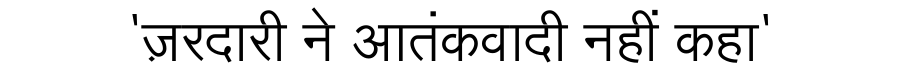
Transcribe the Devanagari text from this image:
'ज़रदारी ने आतंकवादी नहीं कहा'